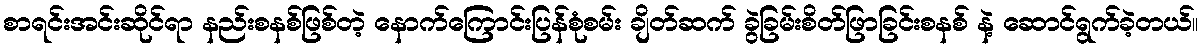
စာရင်းအင်းဆိုင်ရာ နည်းစနစ်ဖြစ်တဲ့ နောက်ကြောင်းပြန်စုံစမ်း ချိတ်ဆက် ခွဲခြမ်းစိတ်ဖြာခြင်းစနစ် နဲ့ ဆောင်ရွက်ခဲ့တယ်။